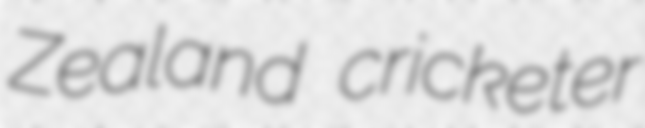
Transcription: Zealand cricketer